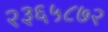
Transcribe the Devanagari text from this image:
२३६५८७२